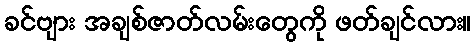
ခင်ဗျား အချစ်ဇာတ်လမ်းတွေကို ဖတ်ချင်လား။